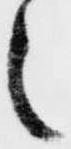
之